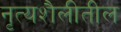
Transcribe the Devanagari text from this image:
नृत्यशैलीतील